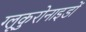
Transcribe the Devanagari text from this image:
ग्लूकुरोनाइडों